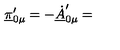
\underline { { \pi } } _ { 0 \mu } ^ { \prime } = - \underline { { \dot { A } } } _ { 0 \mu } ^ { \prime } =